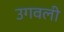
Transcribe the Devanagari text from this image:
उगवली